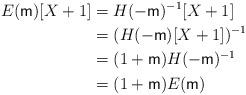
LaTeX: \begin{align*}E(\mathsf{m})[X+1] & =H(-\mathsf{m})^{-1}[X+1]\\ & =(H(-\mathsf{m})[X+1])^{-1}\\ & =(1+\mathsf{m})H(-\mathsf{m})^{-1}\\ & =(1+\mathsf{m})E(\mathsf{m})\end{align*}